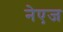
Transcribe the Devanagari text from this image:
नेएज